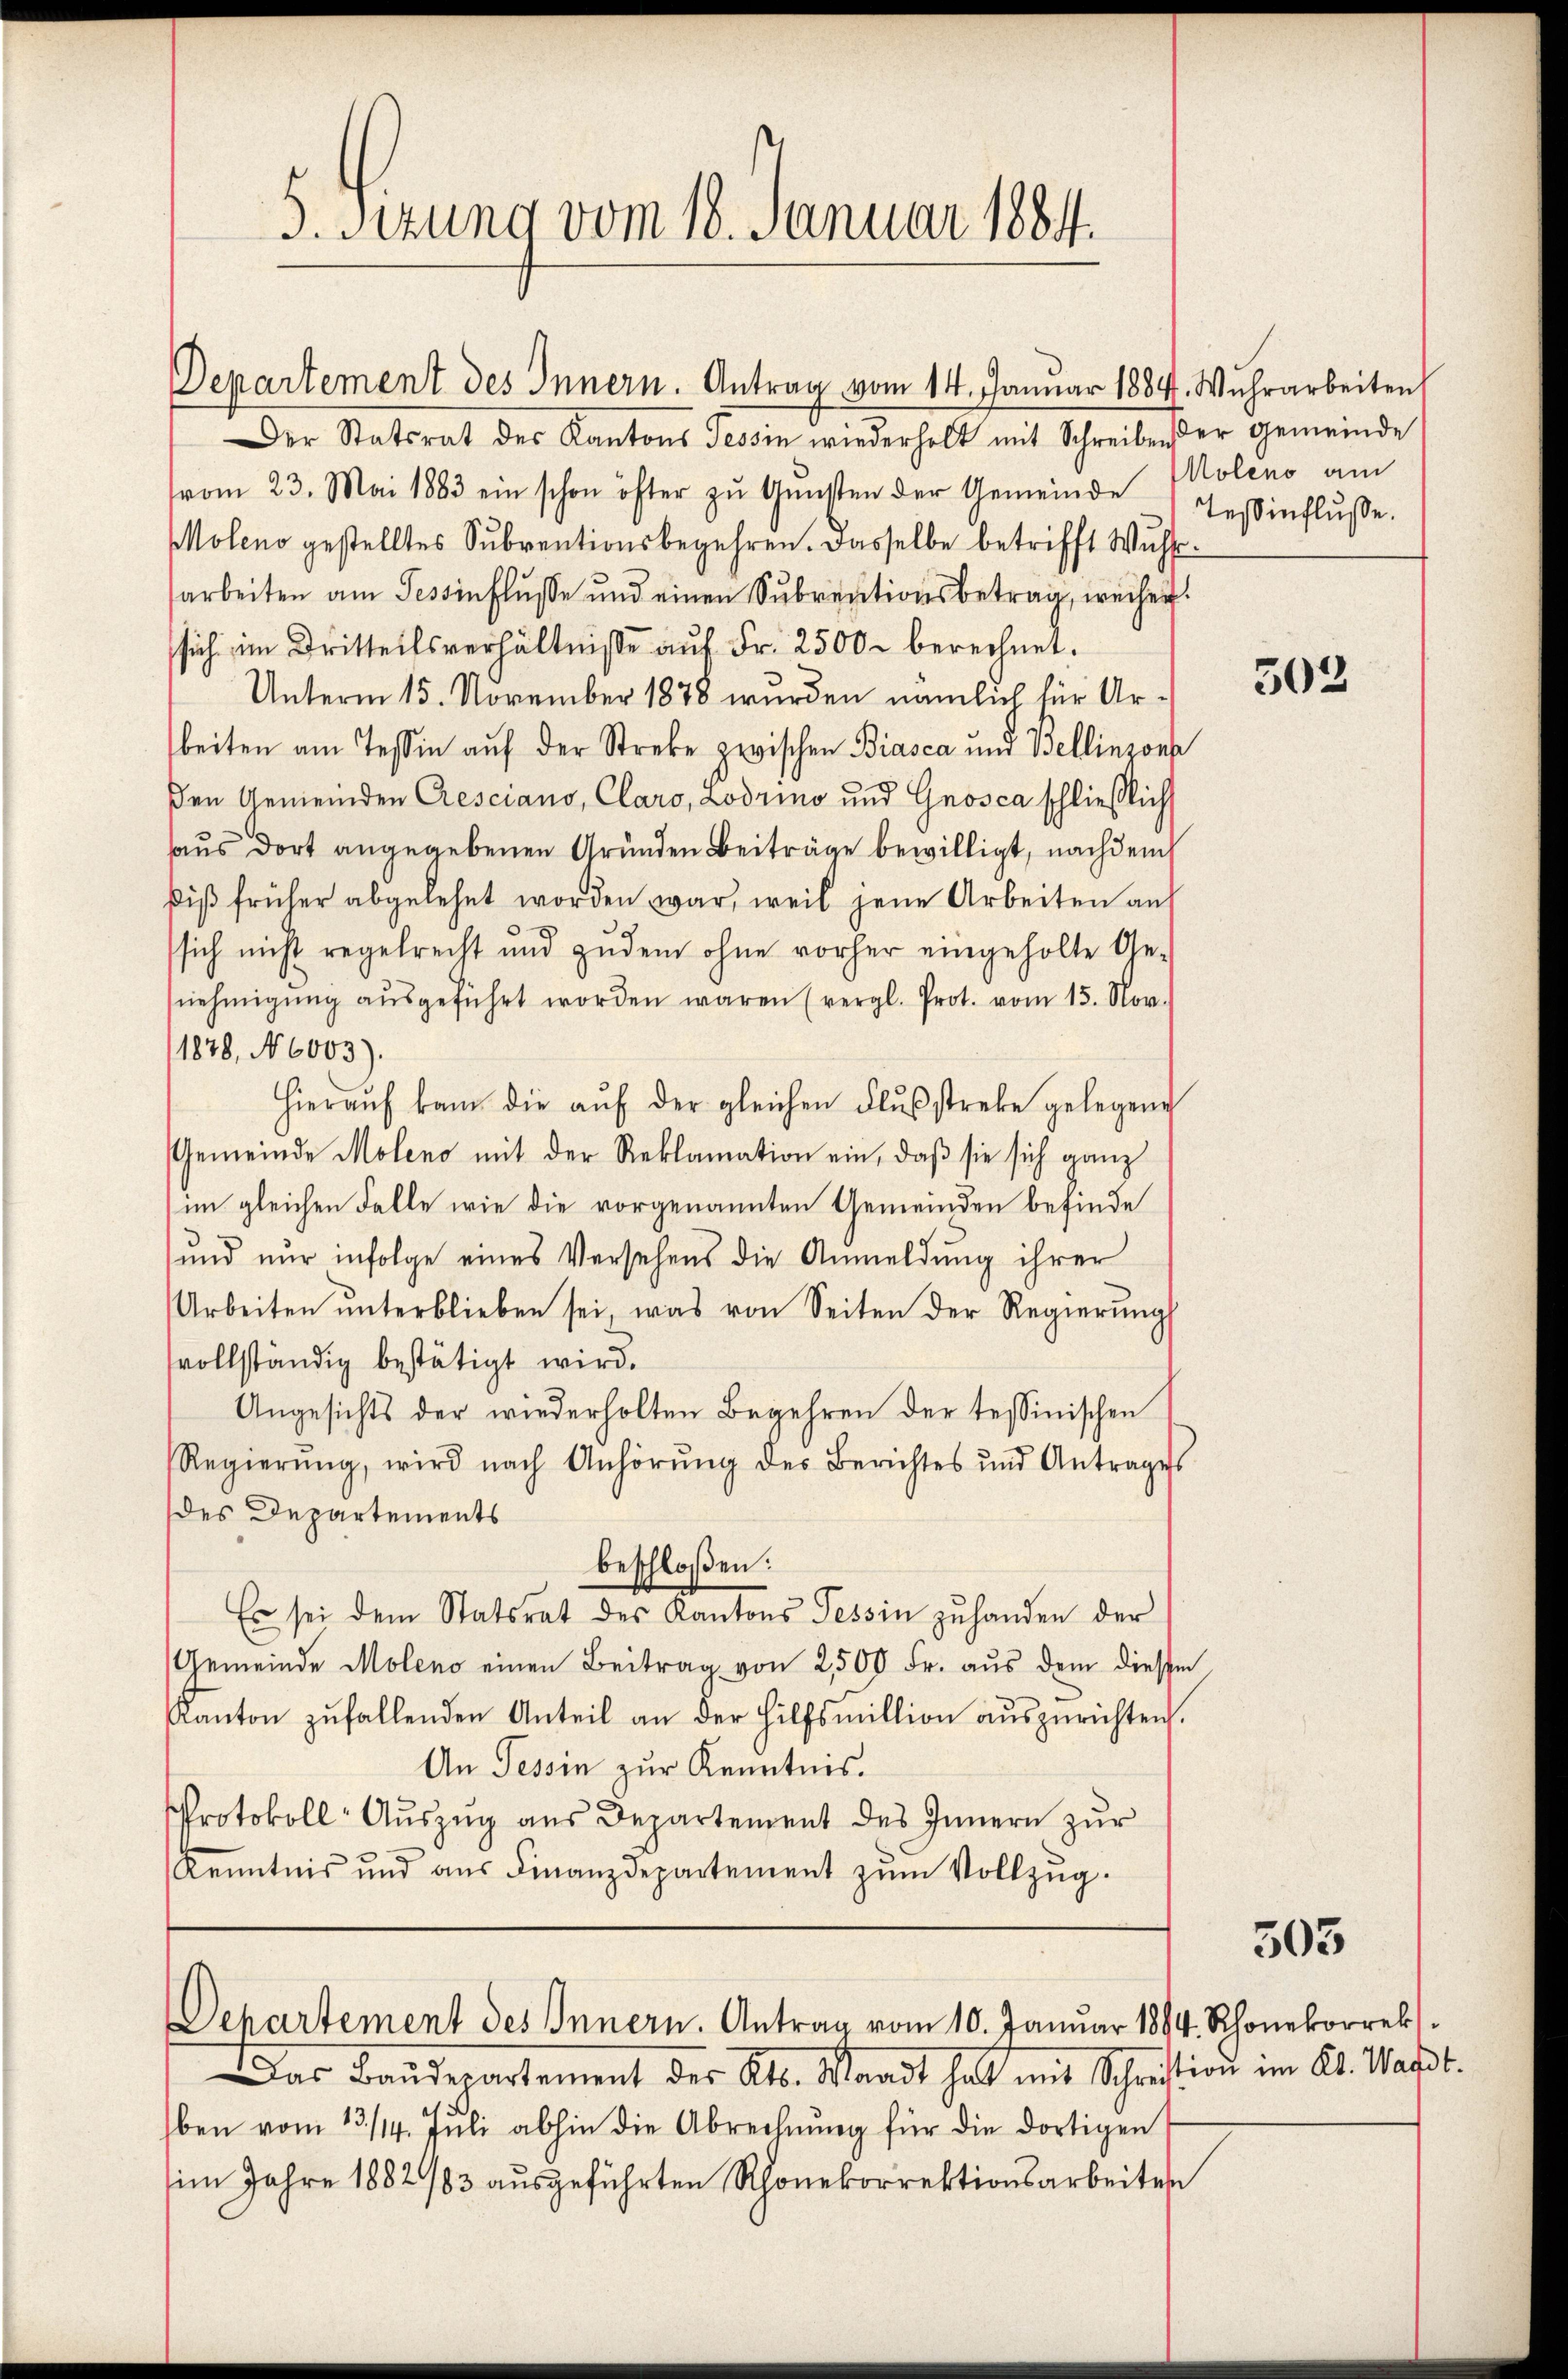
5. Sizung vom 18. Januar 1884.

Der Statsrat der Kantons Tessin wiederholt mit Schreiben der gemeinde
vom 23. Mai 1883 ein schon öfter zŭ Gŭnsten der Gemeinde Tessinflusse.
Moleno gestelltes Subventionsbegehren. Dasselbe betrifft Wussarbeiten am Tessinflusse und einen Subventionsbetrag, weisen.
sich im Dritteilsverhältnisse auf Fr. 2500 berechnet.
Unterm 15. November 1878 wurden nämlich für Arbeiten am Tessin auf der Strebe zwischen Biasca und Bellinzonp
den Gemeinden Cresciano, Claro, Lodrino und Gnosca schließlich
aus dort angegebenen Gründen Beiträge bewilligt, nachdem
diβ früher abgelehnt worden war, weil jene Arbeiten auf
sich nicht regelrecht und zudem ohne vorher eingeholte Ge-
snehmigŭng aŭsgeführt worden waren (vergl. Prot. vom 15. Nov.
1828, No 6003).
Hieraŭf kam die aŭf der gleichen Flusstrebe gelegene
Gemeinde Moleno mit der Reklamation ein, daß sie sich ganz
im gleichen Falle wie die vorgenannten Gemeinden befinde
ŭnd nur infolge eines Versehens die Anmeldŭng ihrer
Arbeiten ŭnterblieben sei, was von Seiten der Regierŭngs
vollständig bestätigt wird.
Angesichts der wiederholten Begehren der tessinischen
Regierŭng, wird nach Anhörŭng des Berichtes und Antrages
des Departements
beschloßen:
Es sei dem Statsrat des Kantons Tessin zŭ handen der
Gemeinde Moleno einen Beitrag von 2500 Fr. aus dem diesen
Kanton zufallenden Anteil an der Hilfsmillion auszurichten.
An Tessin zur Kenntnis.
Protokoll- Aŭszŭg aŭs Departement des Innern zŭr
Kenntnis und aŭs Finanzdepartement zŭm Vollzŭg.

Departement des Innern. Antrag vom 14. Januar 1884. Wuhrarbeiten

Departement des Innern. Antrag vom 10. Januar 1884. Rhonekorrek

Das Banderartement des Kts. Waadt halt mit Schriftion im Kt. Maßt.
ben vom 13./14. Jŭli abhin die Abrechnŭng für die dortigen
im Jahre 1882/83 ausgeführten Rhonekorrektionsarbeiten

Moleno am

303

503